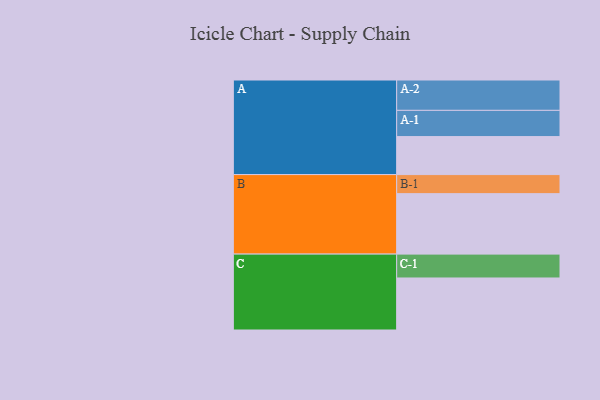
{"axis": {"x": "Segment", "y": "Value"}, "legend": ["", "A", "B", "C"], "data": [{"x": "A", "y": 333, "type": ""}, {"x": "B", "y": 530, "type": ""}, {"x": "C", "y": 456, "type": ""}, {"x": "A-1", "y": 230, "type": "A"}, {"x": "A-2", "y": 266, "type": "A"}, {"x": "B-1", "y": 167, "type": "B"}, {"x": "C-1", "y": 209, "type": "C"}]}